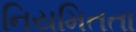
નિયમિતતા